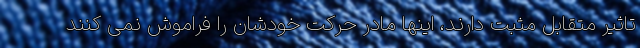
تاثیر متقابل مثبت دارند، اینها مادر حرکت خودشان را فراموش نمی کنند